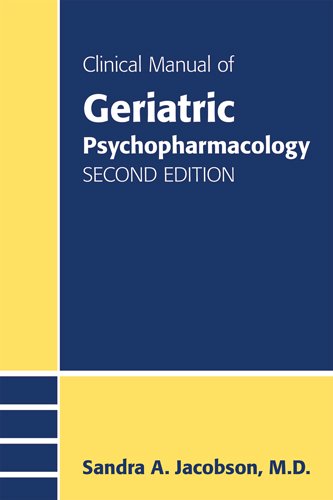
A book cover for Clinical Manual of Geriatric Psychopharmacology; Sandra A. Jacobson; Medical Books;